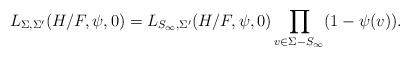
LaTeX: \begin{align*} L_{\Sigma, \Sigma'}(H/F, \psi, 0) = L_{S_\infty, \Sigma'}(H/F, \psi, 0) \prod_{v \in \Sigma - S_\infty} (1 - \psi(v)). \end{align*}